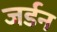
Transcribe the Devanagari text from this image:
जर्डन